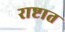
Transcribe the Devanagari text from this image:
राष्टात